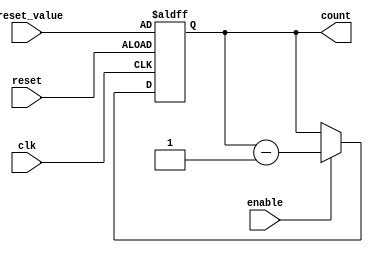
module binary_down_counter (
    input wire clk,
    input wire enable,
    input wire reset,
    input wire [7:0] preset_value,
    output reg [7:0] count
);

always @ (posedge clk or posedge reset) begin
    if (reset) begin
        count <= preset_value;
    end else begin
        if (enable) begin
            count <= count - 1;
        end
    end
end

endmodule